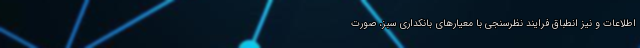
اطلاعات و نیز انطباق فرایند نظرسنجی با معیارهای بانکداری سبز، صورت